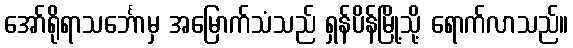
အော်ရိုရာသင်္ဘောမှ အမြောက်သံသည် ရှန်ပိန်မြို့သို့ ရောက်လာသည်။